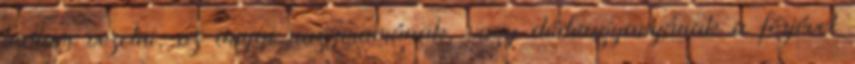
tudtam vezetni, az anyai nagymamának, vagy dédnagyanyának a férjével